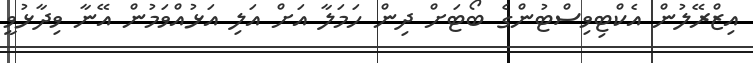
އިޒްރޭލުން އެކްޓިވިސްޓުންގެ ބޯޓަށް ދިން ހަމަލާ އަށް އަލި އަޅުއްވަމުން އޭނާ ވިދާޅުވީ